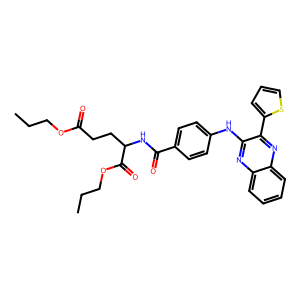
SMILES: CCCOC(=O)CCC(NC(=O)c1ccc(Nc2nc3ccccc3nc2-c2cccs2)cc1)C(=O)OCCC
Inhibits HIV replication: No